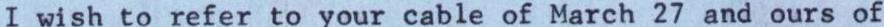
I wish to refer to your cable of March 27 and ours of